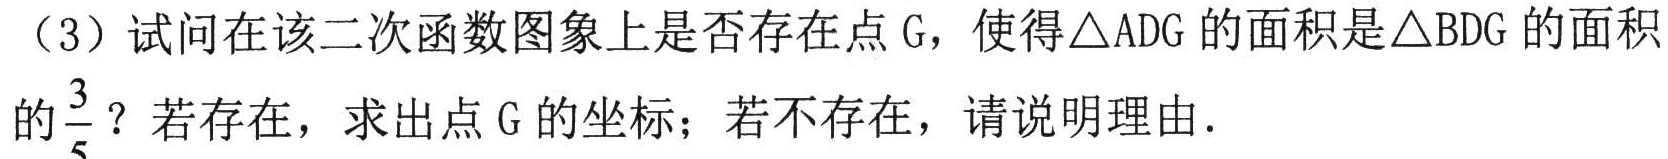
（3）试问在该二次函数图象上是否存在点\(G\)，使得\(\triangle ADG\)的面积是\(\triangle BDG\)的面积的\(\frac{3}{5}\)？若存在，求出点\(G\)的坐标；若不存在，请说明理由.